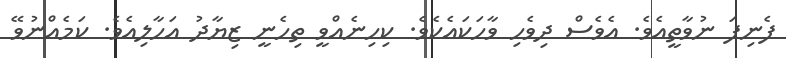
ފެނިފަ ނުވާތީއެވެ. އެވެސް ދިވެހި ވާހަކައެކެވެ. ކިހިނެއްވީ ތިހެނީ ޒިޔާދު އަހާލިއެވެ. ކަމެއްނުވޭ